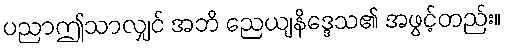
ပညာဤသာလျှင် အဘိ ညေယျနိဒ္ဒေသ၏ အဖွင့်တည်း။